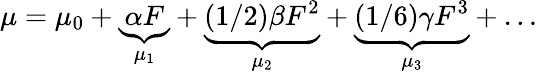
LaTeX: \mu=\mu_{0}+\underbrace{\alpha F}_{\mu_{1}}+\underbrace{(1/2)\beta F^{2}}_{\mu_{2}}+\underbrace{(1/6)\gamma F^{3}}_{\mu_{3}}+\ldots